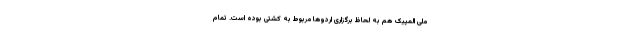
ملی المپیک هم به لحاظ برگزاری اردوها مربوط به کشتی بوده است. تمام